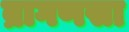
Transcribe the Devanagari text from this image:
ब्रागणसा